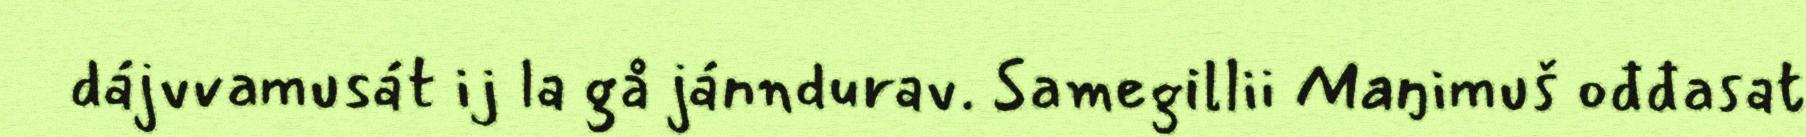
dájvvamusát ij la gå jánndurav. Samegillii Maŋimuš ođđasat